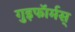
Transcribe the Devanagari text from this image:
गुइफॉर्मस्